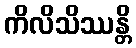
ကိလိသိဿန္တိ